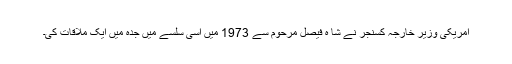
امریکی وزیرِ خارجہ کسنجر نے شا ه فیصل مرحوم سے 1973 میں اسی سلسے میں جدہ میں ایک ملاقات کی۔